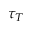
\tau _ { T }